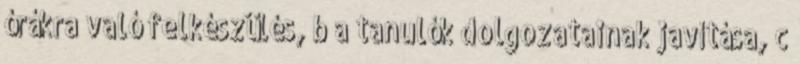
órákra való felkészülés, b a tanulók dolgozatainak javítása, c